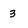
Character: 3